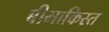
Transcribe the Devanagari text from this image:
बीमाकिस्त